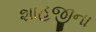
શાહજીના